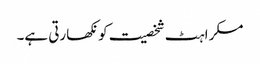
مسکراہٹ شخصیت کو نکھارتی ہے۔